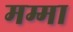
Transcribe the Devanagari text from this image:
मम्मा